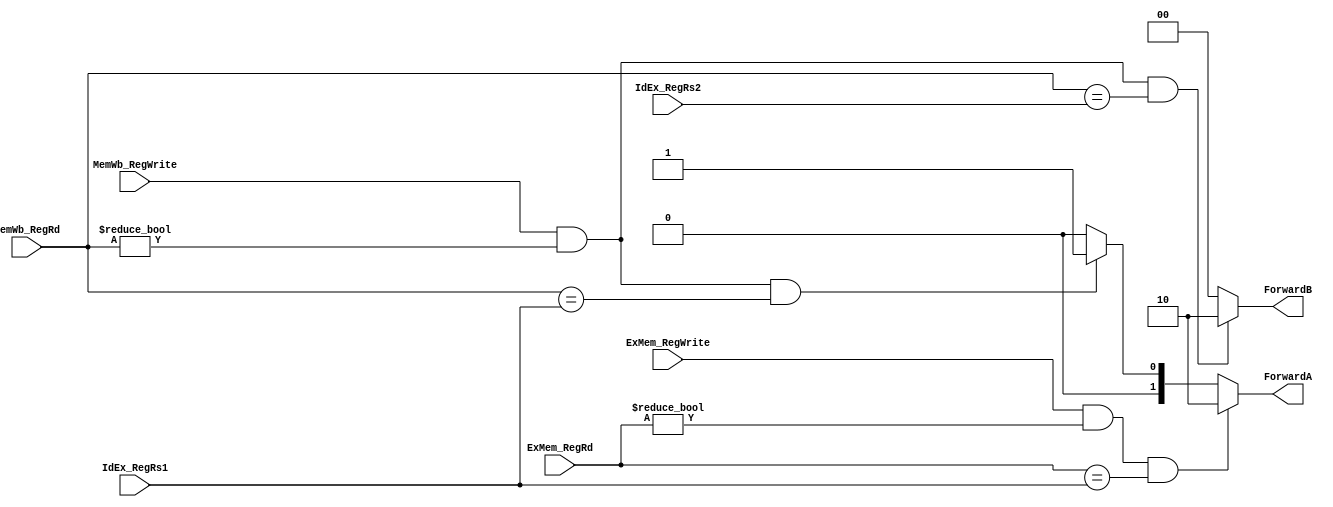
module forward_unit(
    input            ExMem_RegWrite  ,
    input      [4:0] ExMem_RegRd,
    input            MemWb_RegWrite  ,
    input      [4:0] MemWb_RegRd,
    input      [4:0] IdEx_RegRs1,
    input      [4:0] IdEx_RegRs2,
    output reg [1:0] ForwardA        ,
    output reg [1:0] ForwardB    
);
    //ALU source A
    assign ForwardA_ExMemForward = ExMem_RegWrite
                              && (ExMem_RegRd !=0)
                              && (ExMem_RegRd == IdEx_RegRs1);
    assign ForwardA_MemWBForward = MemWb_RegWrite
                              && (MemWb_RegRd !=0)
                              && (MemWb_RegRd == IdEx_RegRs1);
    always @(*) begin
        if (ForwardA_ExMemForward) //forward from ExMem register
            ForwardA = 2'b10;
        else if (ForwardA_MemWBForward) //forward from MemWb register
            ForwardA = 2'b01;
        else
            ForwardA = 2'b00;
    end
    //ALU source B
    assign ForwardB_ExMemForward =  MemWb_RegWrite
                              && (MemWb_RegRd !=0)
                              && (MemWb_RegRd == IdEx_RegRs2);
    assign ForwardB_MemWBForward = MemWb_RegWrite
                              && (MemWb_RegRd !=0)
                              && (MemWb_RegRd == IdEx_RegRs2);

    always @(*) begin
        if (ForwardB_ExMemForward) //forward from ExMem register
            ForwardB = 2'b10;
        else if (ForwardB_MemWBForward) //forward from MemWb register
            ForwardB = 2'b01;
        else
            ForwardB = 2'b00;
    end
endmodule